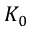
K _ { 0 }